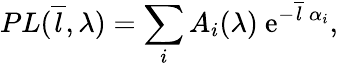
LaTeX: PL(\overline{{l}},\lambda)=\sum_{i}A_{i}(\lambda)\ \mathrm{e}^{-\overline{{l}}\ \alpha_{i}},